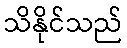
သိနိုင်သည်